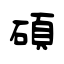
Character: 碩